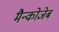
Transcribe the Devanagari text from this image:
मैन्कोजेब